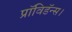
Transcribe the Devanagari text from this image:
प्रॉविडॅन्स।